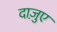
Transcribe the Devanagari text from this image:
दाज़ुए